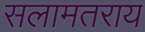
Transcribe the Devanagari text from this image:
सलामतराय